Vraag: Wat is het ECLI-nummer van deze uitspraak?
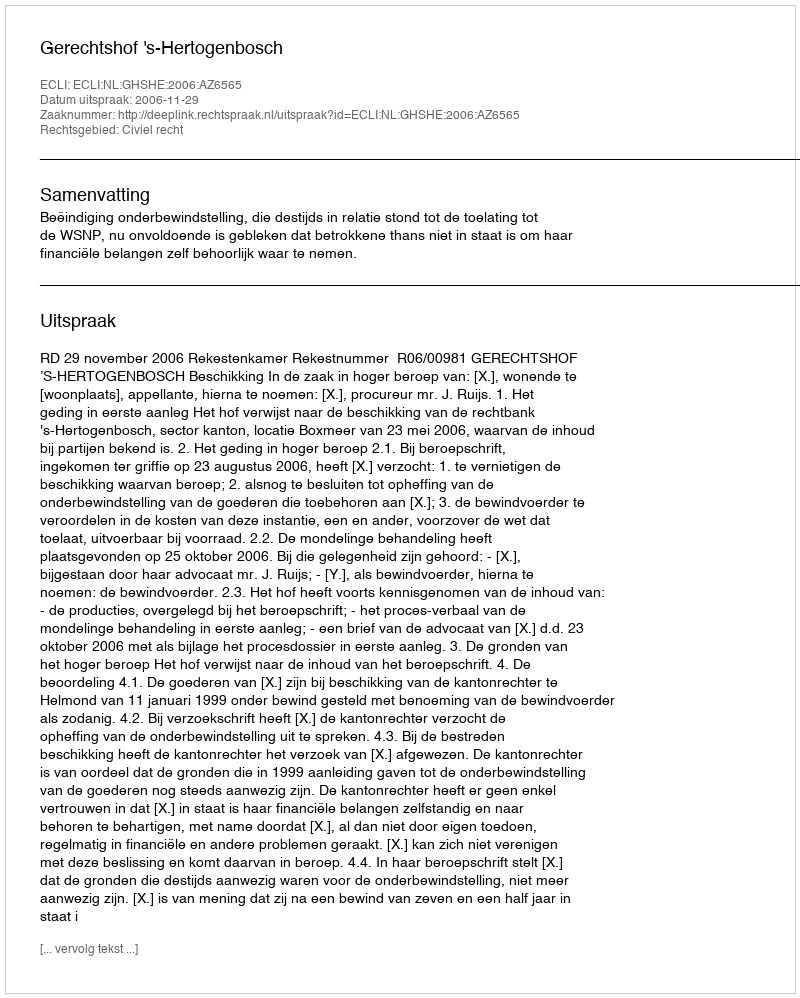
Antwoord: ECLI:NL:GHSHE:2006:AZ6565